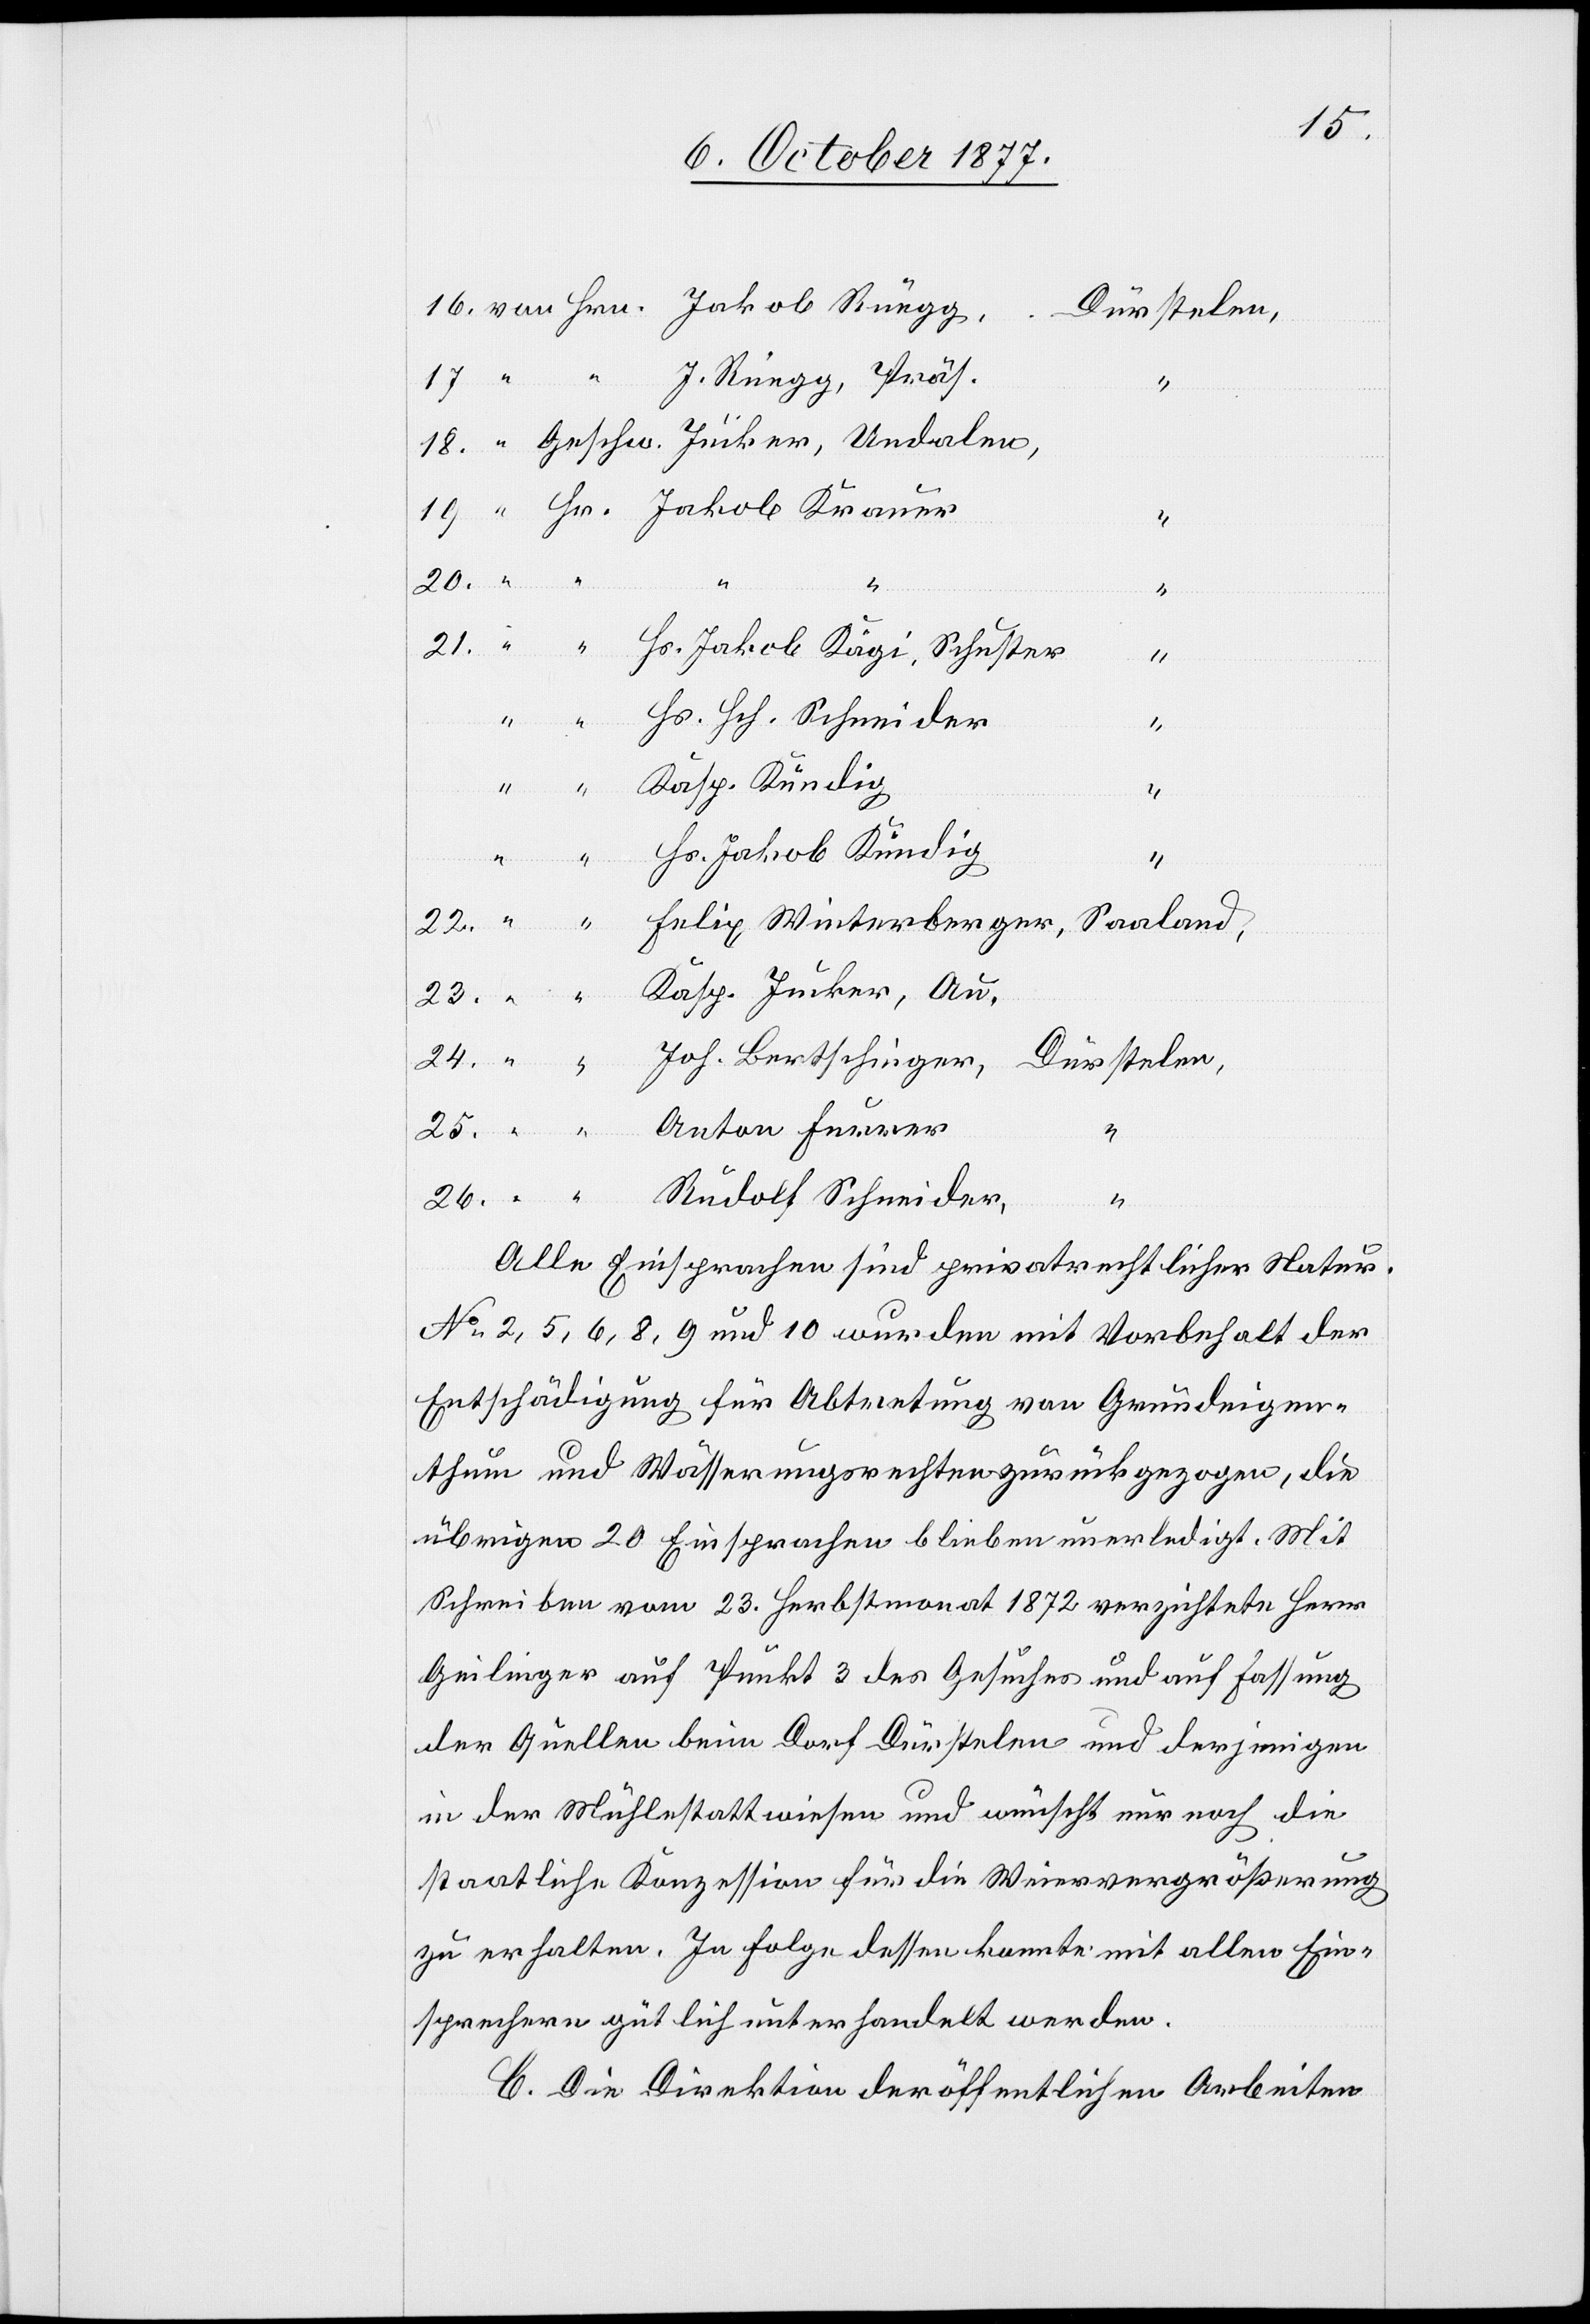
von Hrn. Jakob Rüegg,
“ “ J. Rüegg, Präs.
“
“ Geschw. Jucker, Undalen,
“ Hr. Jakob Krauer
24.
“ “ Hs. Jakob Kägi, Schuster
19.
“ “ Hs. Hch. Schneider
“ “ Kasp. Kündig
“
Hr.] Hs. Jakob Kündig
“ “ Felix Winterberger, Saaland,
“ “ Kasp. Jucker, Au,
“ “ Joh. Bertschinger,
Dürstelen,
26.
“ “ Rudolf Schneider,
Alle Einsprachen sind privatrechtlicher Natur.
No 2, 5, 6, 8, 9 und 10 wurden mit Vorbehalt der
Entschädigung für Abtretung von Grundeigen¬
thum und Wässerungsrechten zurückgezogen, die
übrigen 20 Einsprachen blieben unerledigt. Mit
Schreiben vom 23. Herbstmonat 1872 verzichtete Herr
Geilinger auf Punkt 3 des Gesuches und auf Fassung
der Quellen beim Dorf Dürstelen und derjenigen
in der Mühlestattwiesen und wünscht nur noch die
staatliche Konzession für die Weiervergrößerung
zu erhalten. In Folge dessen konnte mit allen Ein¬
sprechern gütlich unterhandelt werden.
C. Die Direktion der öffentlichen Arbeiten

25.